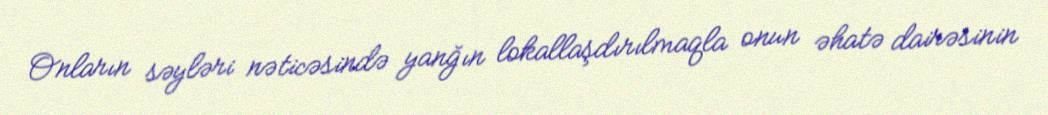
Onların səyləri nəticəsində yanğın lokallaşdırılmaqla onun əhatə dairəsinin